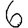
Digit: 6